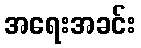
အရေးအခင်း